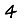
Digit: 4